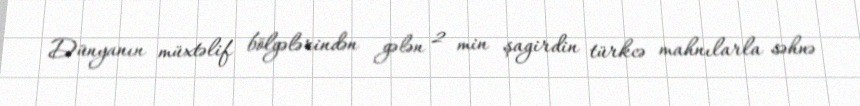
Dünyanın müxtəlif bölgələrindən gələn 2 min şagirdin türkcə mahnılarla səhnə